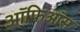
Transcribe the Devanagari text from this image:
ऑफिऑस